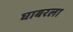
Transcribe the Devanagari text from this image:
घाबरला